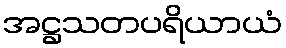
အဋ္ဌသတပရိယာယံ